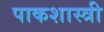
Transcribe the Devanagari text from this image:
पाकशास्त्री